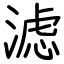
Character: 滤